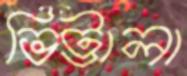
ভিট্টালা